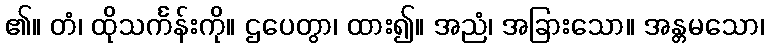
၏။ တံ၊ ထိုသင်္ကန်းကို။ ဌပေတွာ၊ ထား၍။ အညံ၊ အခြားသော။ အန္တမသော၊